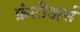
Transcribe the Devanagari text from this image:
फ्रंटीअर्स